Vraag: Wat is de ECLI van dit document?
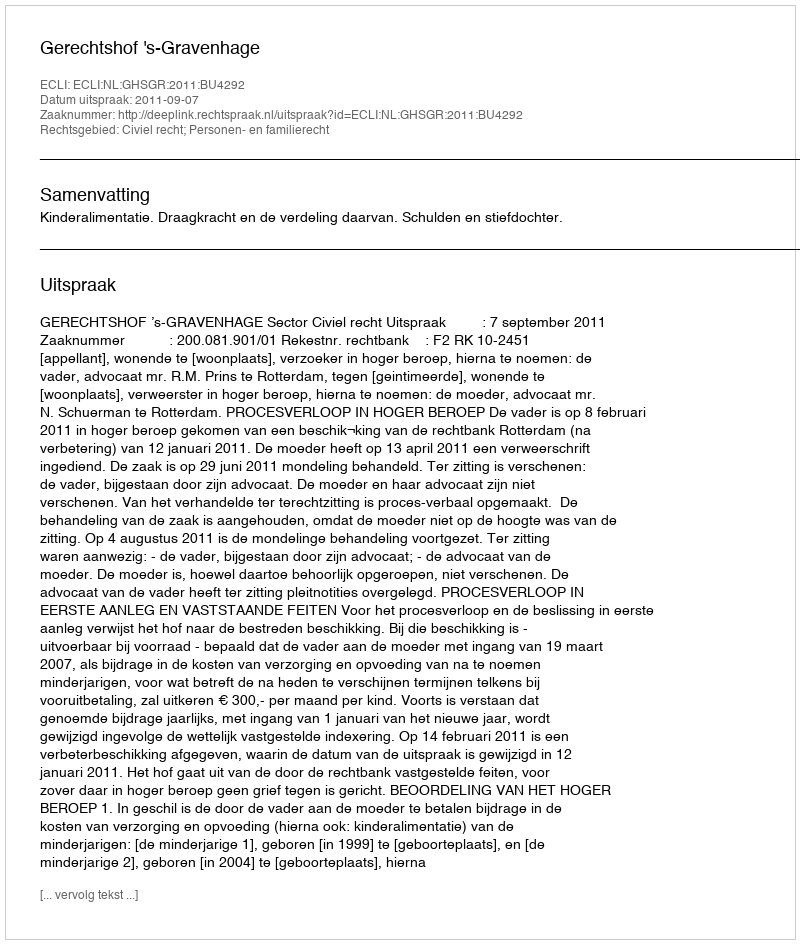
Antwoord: ECLI:NL:GHSGR:2011:BU4292